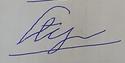
Signature authenticity: forged